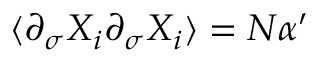
\langle \partial _ { \sigma } X _ { i } \partial _ { \sigma } X _ { i } \rangle = N \alpha ^ { \prime }